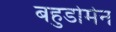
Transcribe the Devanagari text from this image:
बहुडोमेन